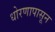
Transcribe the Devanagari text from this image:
धोरणापासून